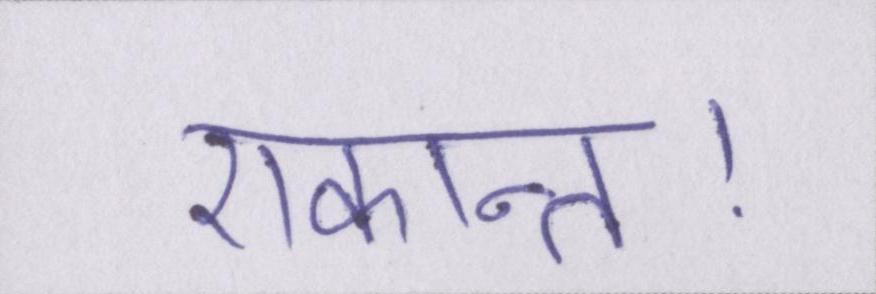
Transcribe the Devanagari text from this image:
एकान्त।